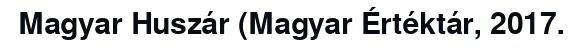
Magyar Huszár (Magyar Értéktár, 2017.